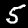
Label: 5